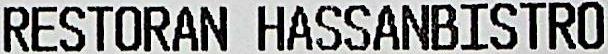
RESTORAN HASSANBISTRO